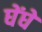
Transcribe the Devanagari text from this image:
घेंघे